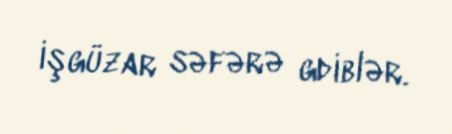
işgüzar səfərə gdiblər.